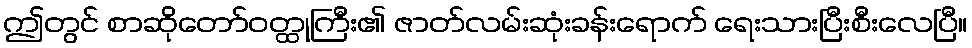
ဤတွင် စာဆိုတော်ဝတ္ထုကြီး၏ ဇာတ်လမ်းဆုံးခန်းရောက် ရေးသားပြီးစီးလေပြီ။